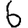
Digit: 6